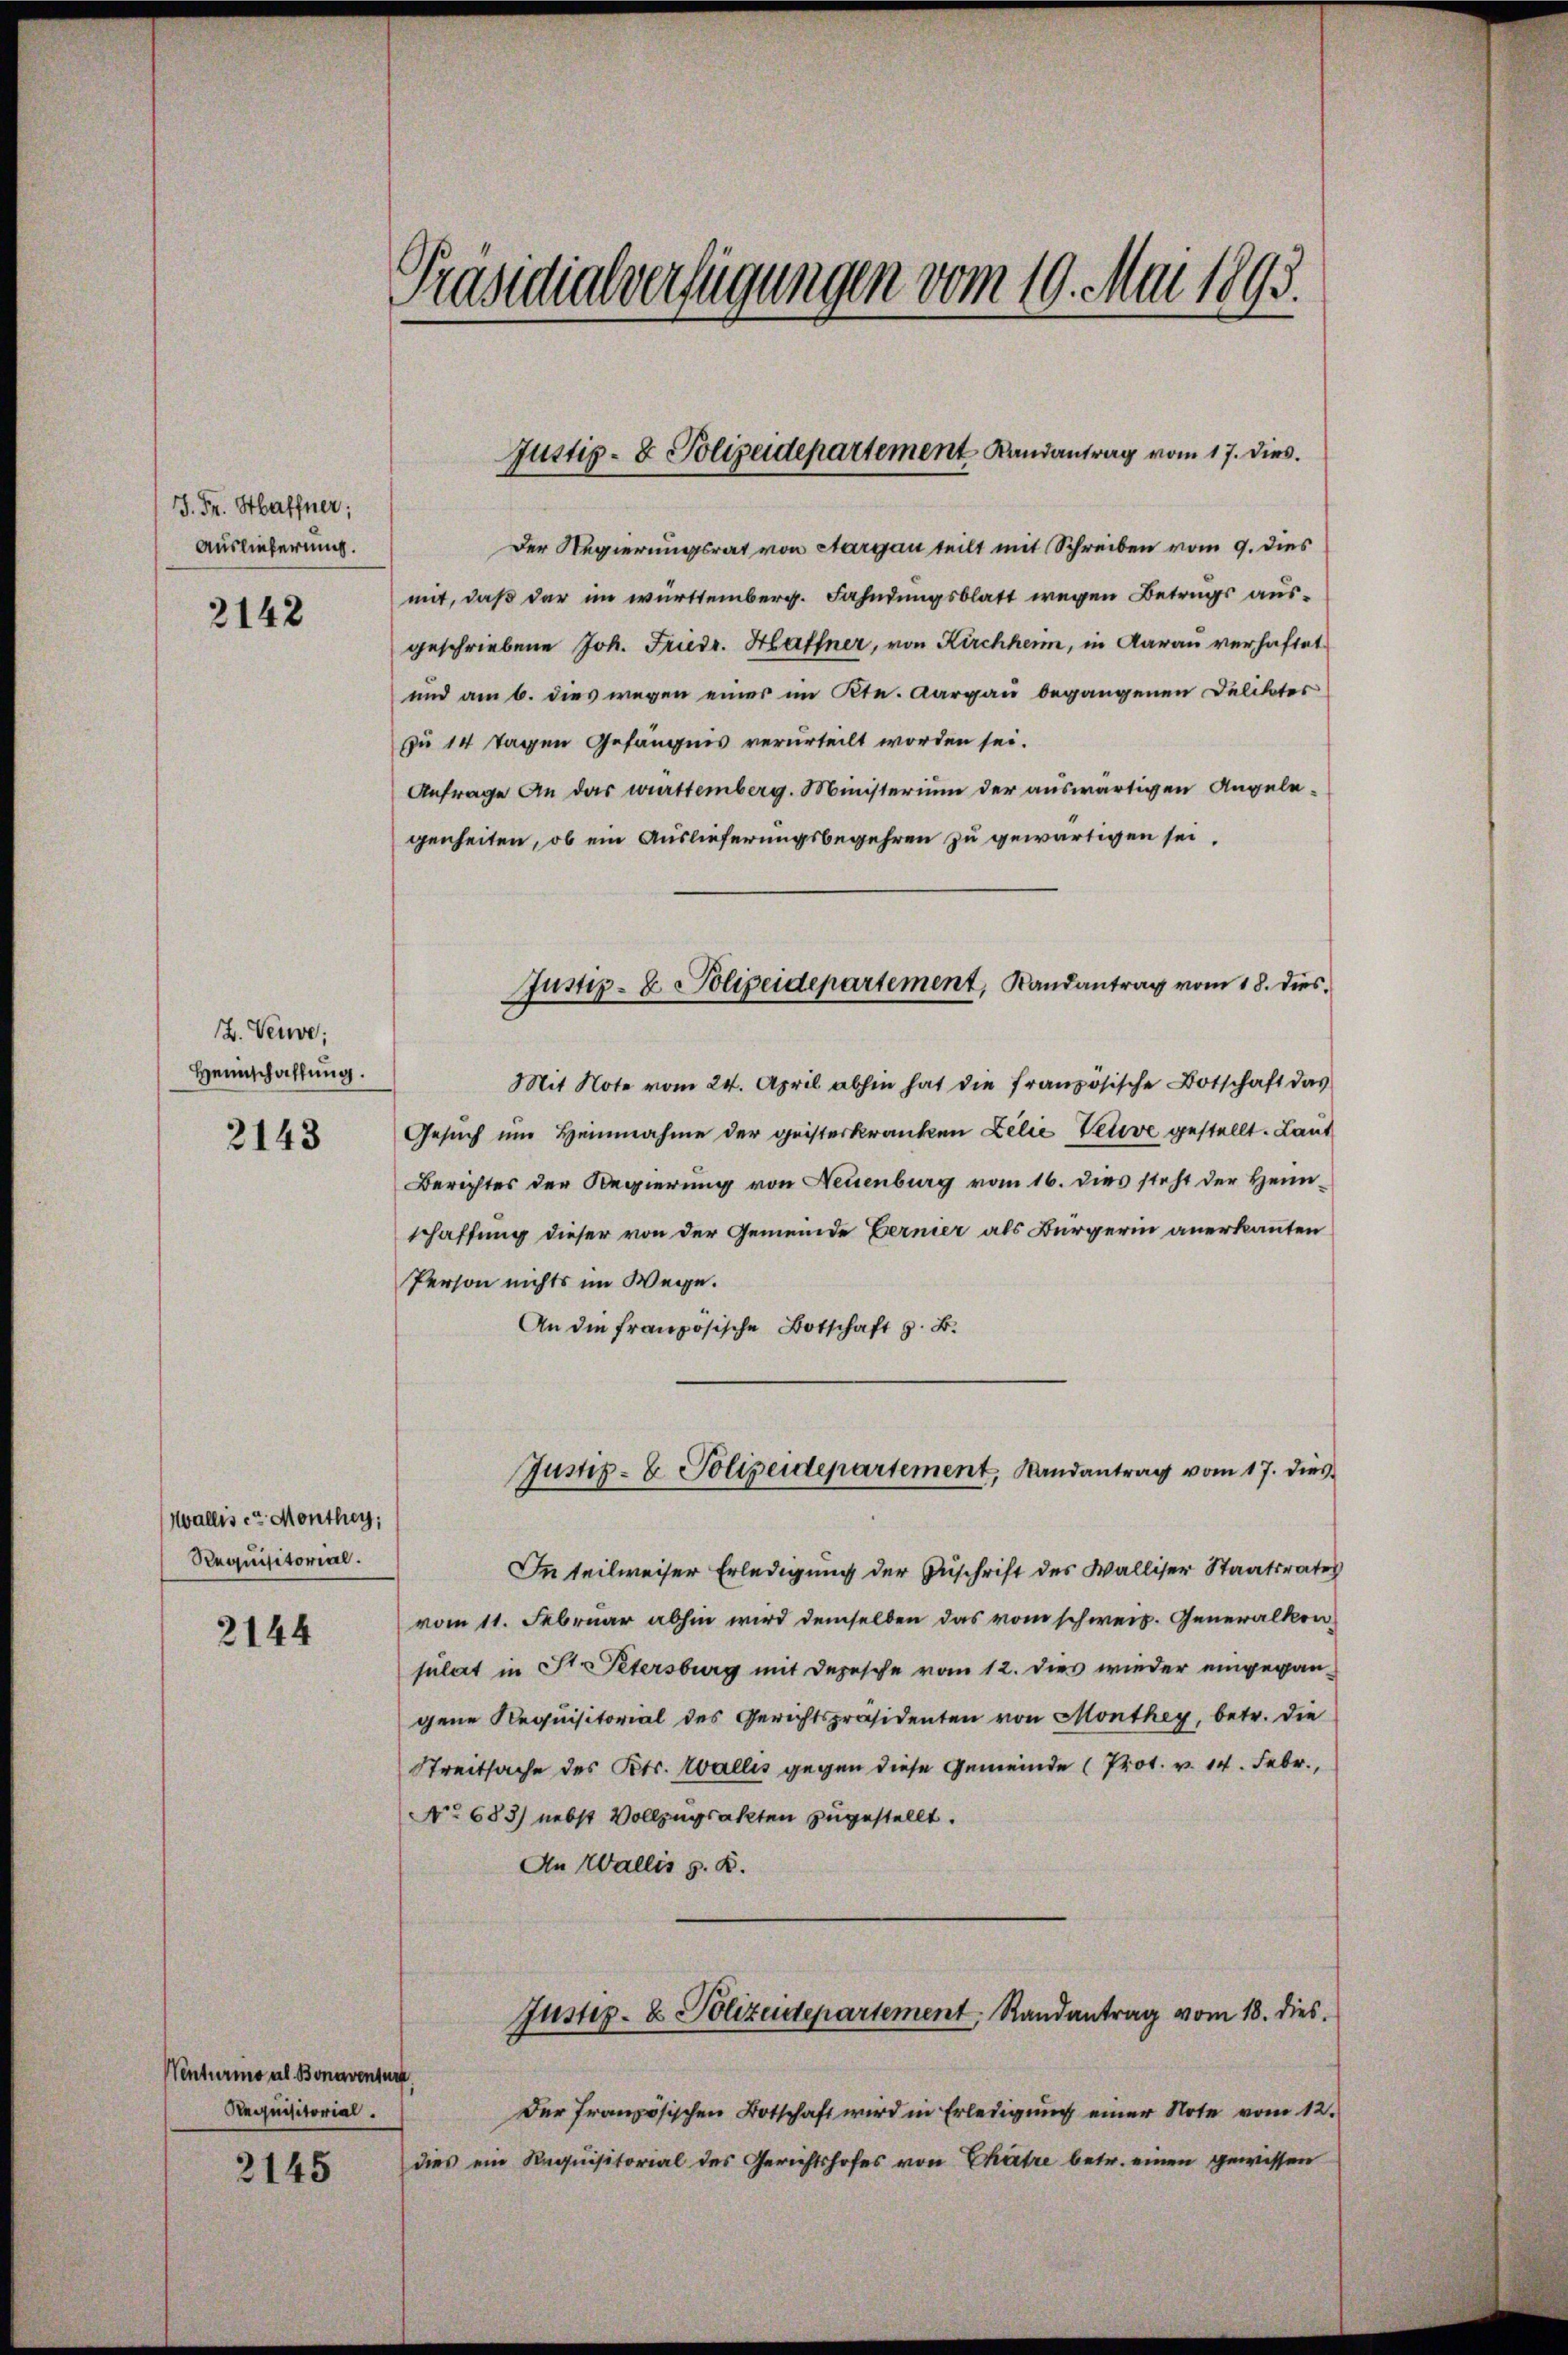
J. Fr. Haffner;
Auslieferung.
2142

. Verwe;
Heimschaffung.
2143

Wallis et Monthey,
Requisitorial.

2144

Venturio al Bonaventur.
Requisitorial.

2145

Präsidialverfügungen vom 19. Mai 1893.

Justiz- & Polizeidepartement Landantrag vom 17. dies.

Der Regierungsrat von Aargau teilt mit Schreiben vom 9. dies
mit, daß der im württemberg. Fahndungsblatt wegen Betrags ausgeschriebene Joh. Friedr. Haffner, von Kirchher, in Aarau verhaftet
und am 6. dies wegen einer im Kt. Aargau begangenen Deliktes
zu 14 Tagen Gefängnis verurteilt worden sei.
Anfrage An das württemberg. Ministerium der auswärtigen Angelegenheiten, ob ein Auslieferungsbegehren zu gewärtigen sei,
Mit Note vom 24. April abhin hat die französische Botschaft das
Gesŭch um Heinnahme der geisterkranken Lilie Veuve gestellt. Laut
Berichtes der Regierung von Neuenburg vom 16. dies steht der Heimschaffung dieser von der Gemeinde Bernier als Bürgerin anerkannten
Person nichts im Wege.
An die französische Botschaft z. B.
Justiz- & Polizeidepartement, Randantrag vom 17. dies
In teilweiser Erledigung der Zuschrift des Walliser Staatsrates
vom 11. Februar abhin wird demselben das vom schweiz. Generalkon
sulat in St. Petersburg mit Depesche vom 12. dies wieder eingegangene Requisitorial des Gerichtspräsidenten von Monthey, betr. die
Streitsache des Kts. Wallis gegen diese Gemeinde (Prot. v. 14. Febr.,
No 683) nebst Vollzugsakten zugestellt.
An Wallis z. B.
Justiz- & Polizeidepartement, Randantrag vom 18. dies
Der französischen Botschaft wird in Erledigung einer Note vom 12.
dies ein Requisitorial des Gerichtshofes von Chartre betr. einen gewissen

Justiz- & Polizeidepartement, Randantrag vom 18. dies